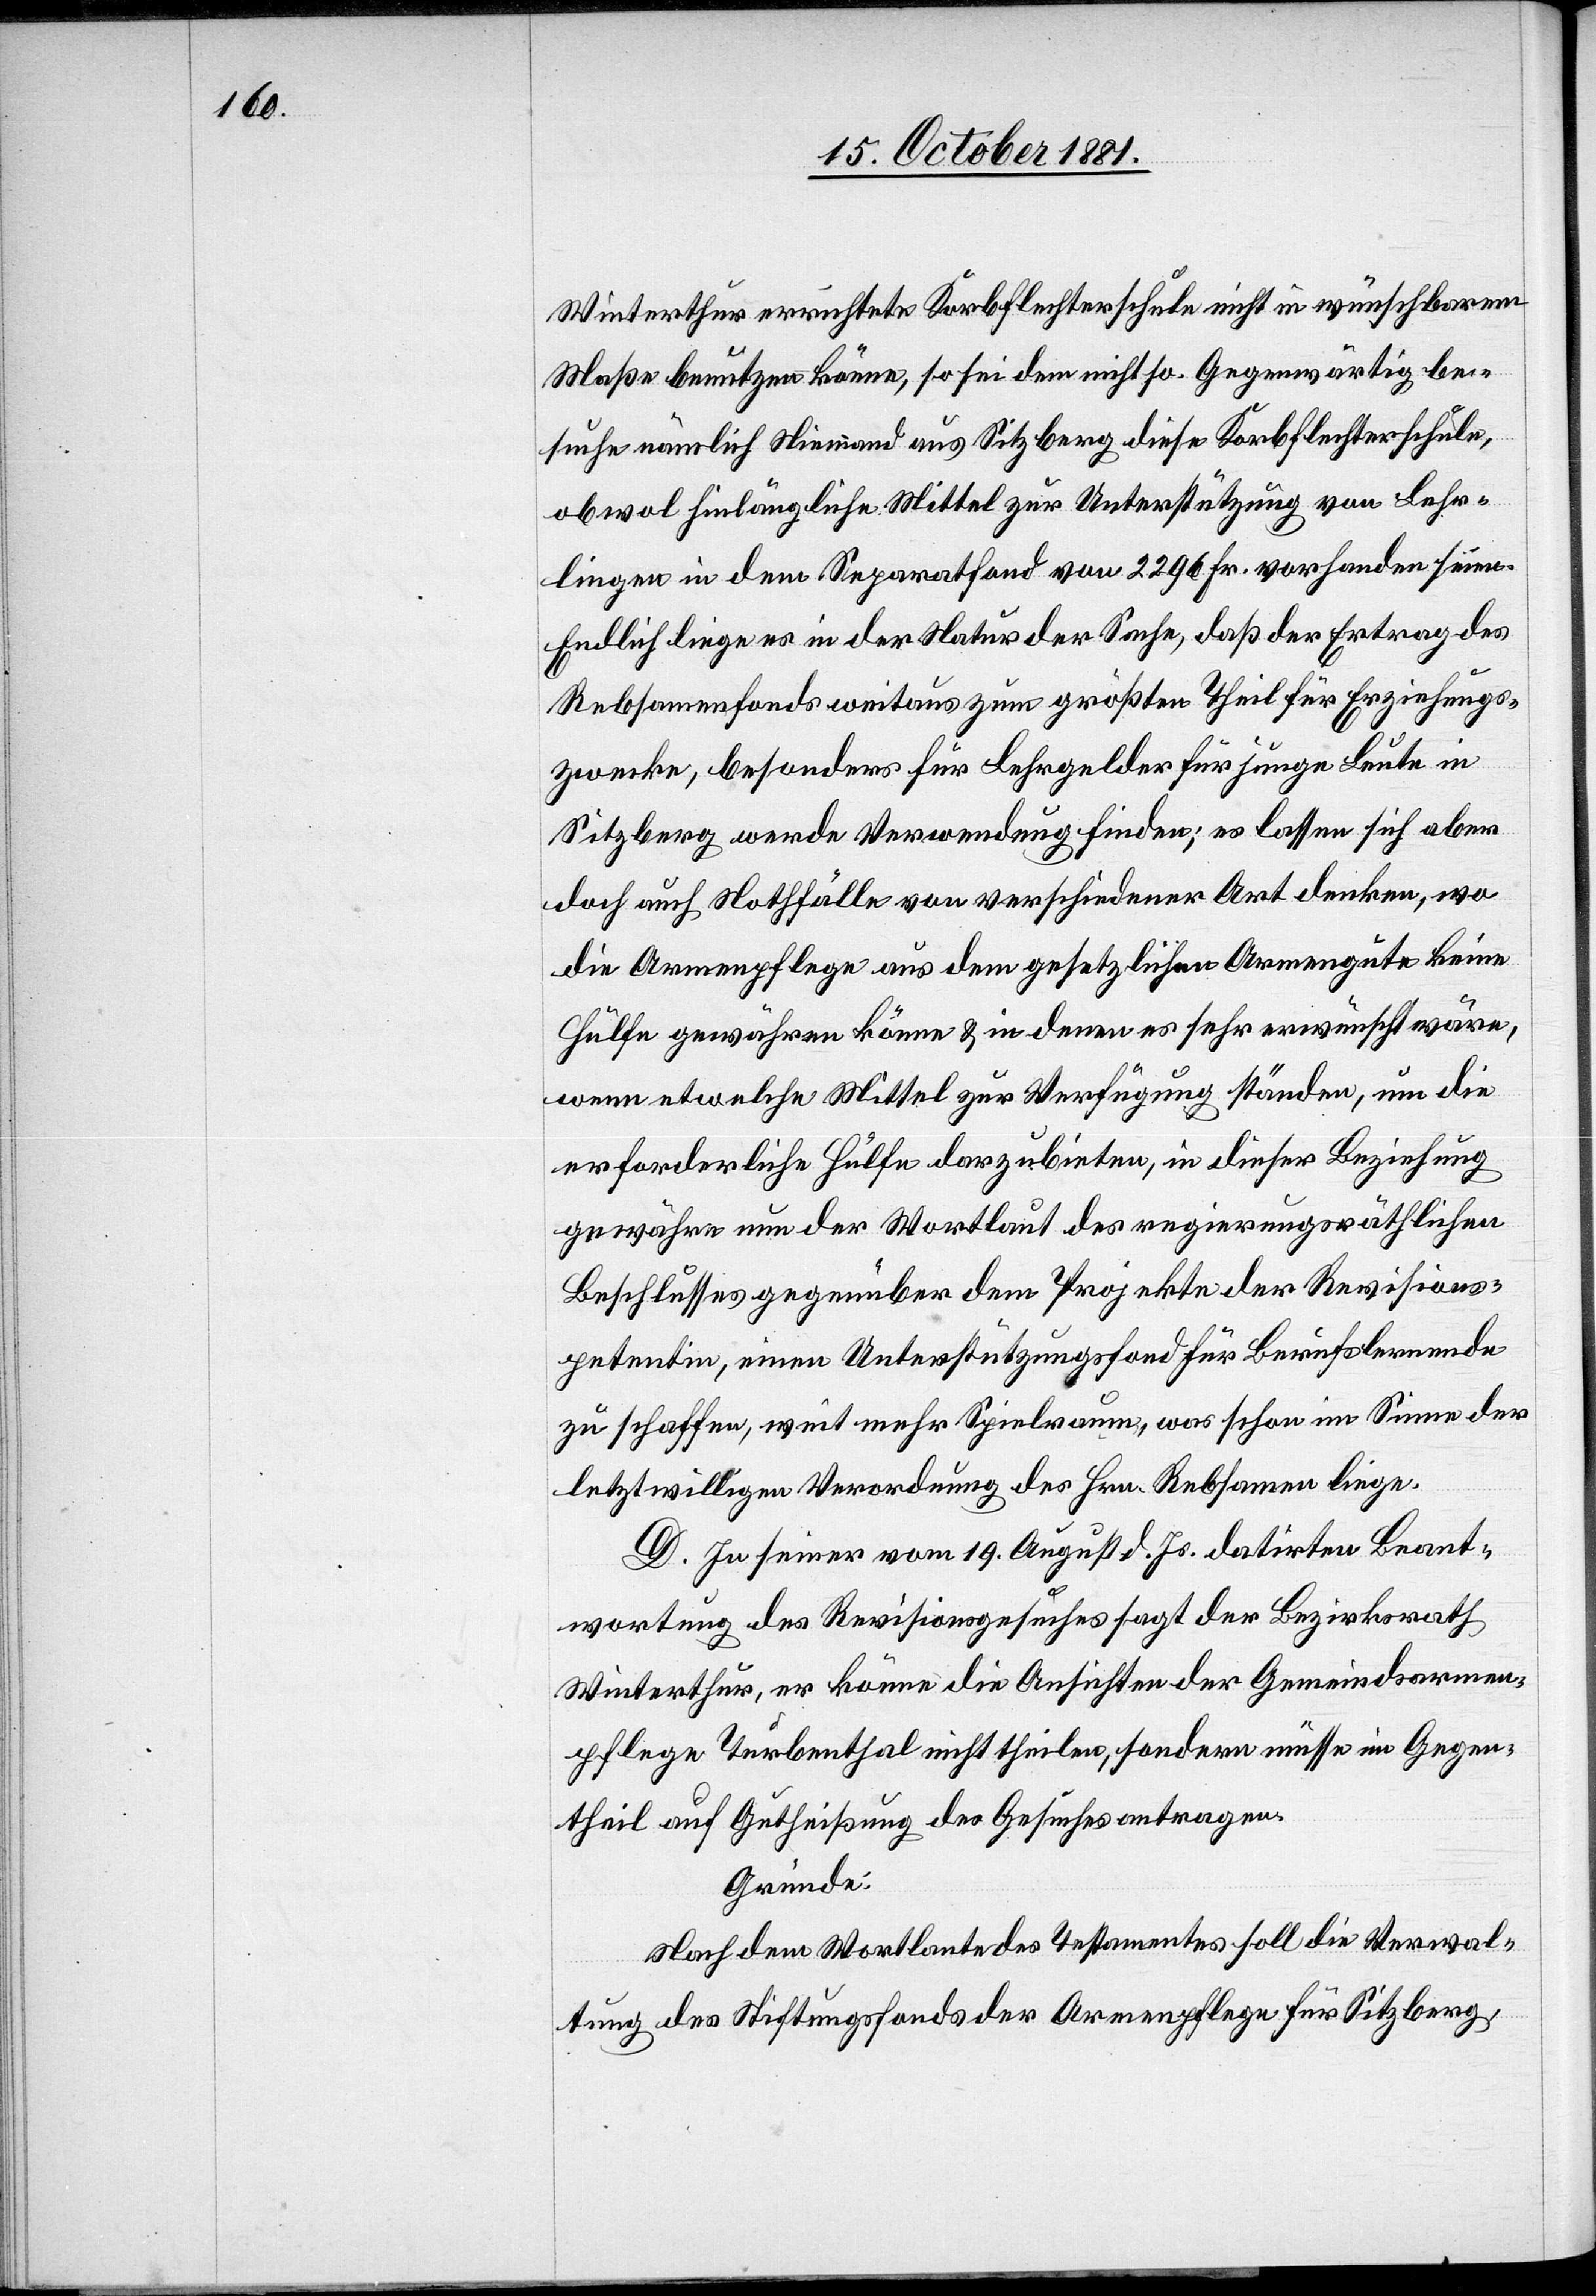
Winterthur errichtete Korbflechterschule nicht in wünschbarem
Maße benutzen könne, so sei dem nicht so. Gegenwärtig be¬
suche nämlich Niemand aus Sitzberg diese Korbflechterschule,
obwol hinlängliche Mittel zur Unterstützung von Lehr¬
lingen in dem Separatfond von 2296 Fr. vorhanden seien.
Endlich liege es in der Natur der Sache, daß der Ertrag des
Rebsamenfonds weitaus zum größten Theil für Erziehungs¬
zwecke, besonders für Lehrgelder für junge Leute in
Sitzberg werden Verwendung finden; es lassen sich aber
doch auch Nothfälle von verschiedener Art denken, wo
die Armenpflege aus dem gesetzlichen Armengute keine
Hülfe gewähren könne & in denen es sehr erwünscht wäre,
wenn etwelche Mittel zur Verfügung ständen, um die
erforderliche Hülfe darzubieten, in dieser Beziehung
gewähre nun der Wortlaut des regierungsräthlichen
Beschlusses gegenüber dem Projekte der Revisions¬
petentin, einen Unterstützungsfond für Berufslernende
zu schaffen, weit mehr Spielraum, was schon im Sinne der
letztwilligen Verordnung des Hrn. Rebsamen liege.
D. In seiner vom 19. August d. Js. datirten Beant¬
wortung des Revisionsgesuches fragt der Bezirksrath
Winterthur, er könne die Ansichten der Gemeindsarmen¬
pflege Turbenthal nicht theilen, sondern müsse im Gegen¬
theil auf Gutheißung des Gesuchs antragen.
Gründe:
Nach dem Wortlaute des Testamentes soll die Verwal¬
tung des Stiftungsfonds der Armenpflege für Sitzberg,